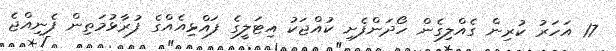
17 އަހަރު ކުރިން ގެއްލިގެން ހޯދަންފެށި ކުއްޖަކު އިޓަލީގެ ފައްޅިއެއްގެ ފުރާޅުމަތިން ފެނިއްޖެ